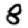
Digit: 8